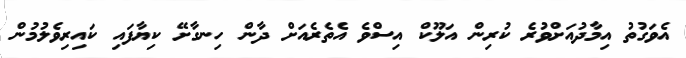
އެވަގުތު އިމާދުއަށްވުރެ ކުރިން އަލޫކް އިސްވެ އެތެރެއަށް ދާން ހިނގާށޭ ކިޔާފައި ކައިރިވެލުމުން